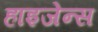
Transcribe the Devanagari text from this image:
हाइजेन्स